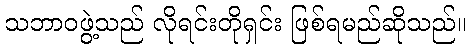
သဘာဝဖွဲ့သည် လိုရင်းတိုရှင်း ဖြစ်ရမည်ဆိုသည်။